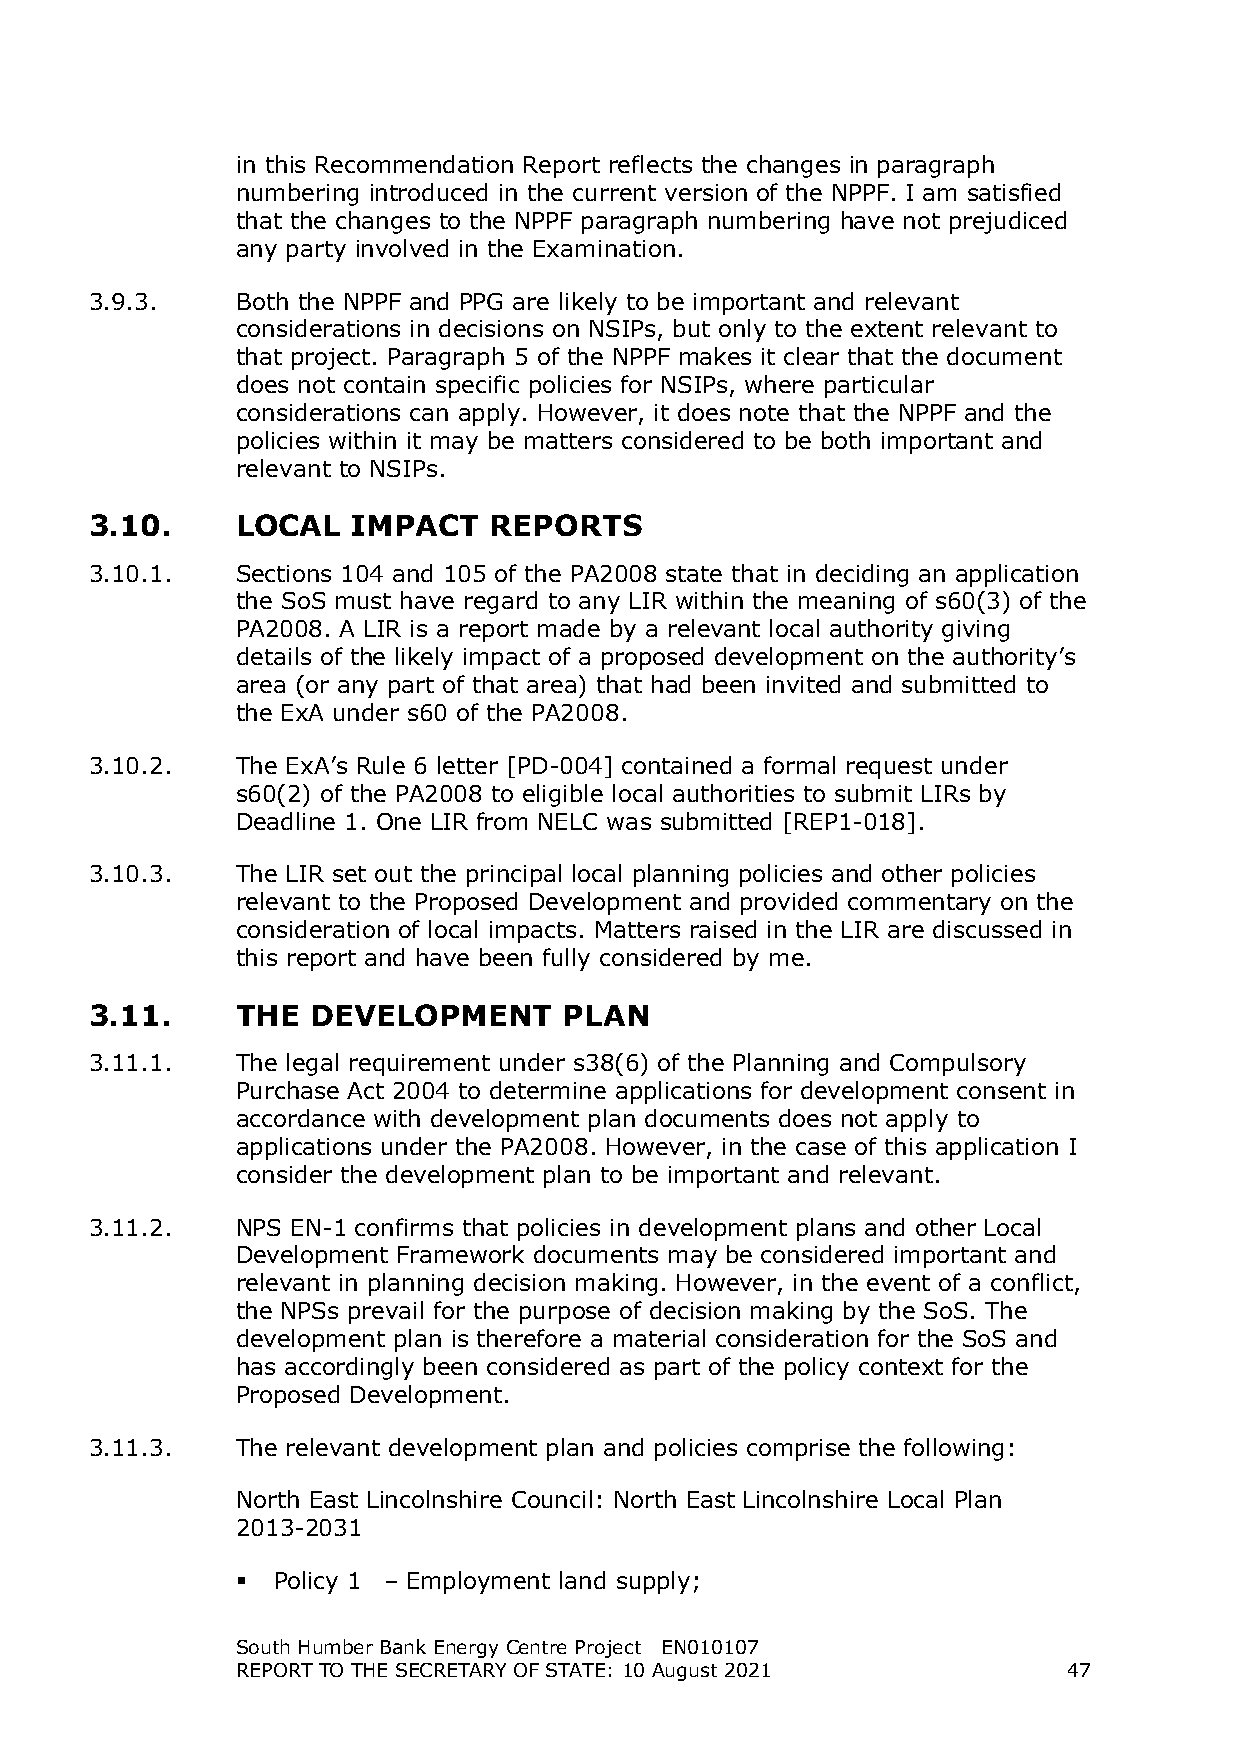
in this Recommendation Report reflects the changes in paragraph
 numbering introduced in the current version of the NPPF. I am satisfied
 that the changes to the NPPF paragraph numbering have not prejudiced
 any party involved in the Examination.
 3.9.3.    Both the NPPF and PPG are likely to be important and relevant
 considerations in decisions on NSIPs, but only to the extent relevant to
 that project. Paragraph 5 of the NPPF makes it clear that the document
 does not contain specific policies for NSIPs, where particular
 considerations can apply. However, it does note that the NPPF and the
 policies within it may be matters considered to be both important and
 relevant to NSIPs.
 3.10.     LOCAL  IMPACT   REPORTS
 3.10.1.   Sections 104 and 105 of the PA2008 state that in deciding an application
 the SoS must have regard to any LIR within the meaning of s60(3) of the
 PA2008. A LIR is a report made by a relevant local authority giving
 details of the likely impact of a proposed development on the authority’s
 area (or any part of that area) that had been invited and submitted to
 the ExA under s60 of the PA2008.
 3.10.2.   The ExA’s Rule 6 letter [PD-004] contained a formal request under
 s60(2) of the PA2008 to eligible local authorities to submit LIRs by
 Deadline 1. One LIR from NELC was submitted [REP1-018].
 3.10.3.   The LIR set out the principal local planning policies and other policies
 relevant to the Proposed Development and provided commentary on the
 consideration of local impacts. Matters raised in the LIR are discussed in
 this report and have been fully considered by me.
 3.11.     THE  DEVELOPMENT     PLAN
 3.11.1.   The legal requirement under s38(6) of the Planning and Compulsory
 Purchase Act 2004 to determine applications for development consent in
 accordance with development plan documents does not apply to
 applications under the PA2008. However, in the case of this application I
 consider the development plan to be important and relevant.
 3.11.2.   NPS EN-1 confirms that policies in development plans and other Local
 Development Framework documents may be considered important and
 relevant in planning decision making. However, in the event of a conflict,
 the NPSs prevail for the purpose of decision making by the SoS. The
 development plan is therefore a material consideration for the SoS and
 has accordingly been considered as part of the policy context for the
 Proposed Development.
 3.11.3.   The relevant development plan and policies comprise the following:
 North East Lincolnshire Council: North East Lincolnshire Local Plan
 2013-2031
  Policy 1 – Employment land supply;
 South Humber Bank Energy Centre Project EN010107
 REPORT TO THE SECRETARY OF STATE: 10 August 2021       47